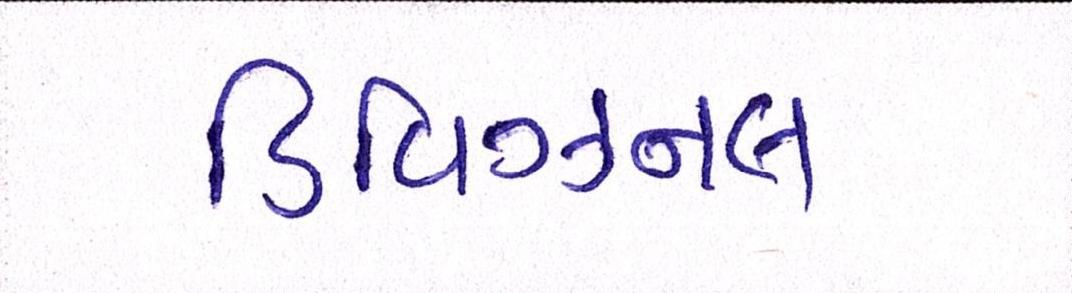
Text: ડિવિઝનલ